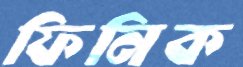
ফিনিক